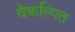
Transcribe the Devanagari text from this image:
वैकल्पित